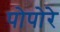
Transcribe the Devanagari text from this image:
पोपोरे